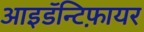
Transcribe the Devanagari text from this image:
आइडॅन्टिफ़ायर